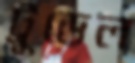
ট্রুডেল